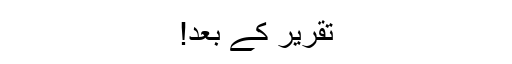
تقریر کے بعد!